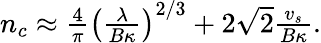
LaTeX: \begin{array}{r}{n_{c}\approx\frac{4}{\pi}\left(\frac{\lambda}{B\kappa}\right)^{2/3}+2\sqrt{2}\frac{v_{s}}{B\kappa}.}\end{array}